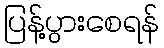
ပြန့်ပွားစေရန်